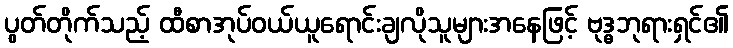
ပွတ်တိုက်သည့် ထီစာအုပ်ဝယ်ယူရောင်းချလိုသူများအနေဖြင့် ဗုဒ္ဓဘုရားရှင်၏